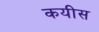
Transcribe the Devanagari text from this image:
कयीस